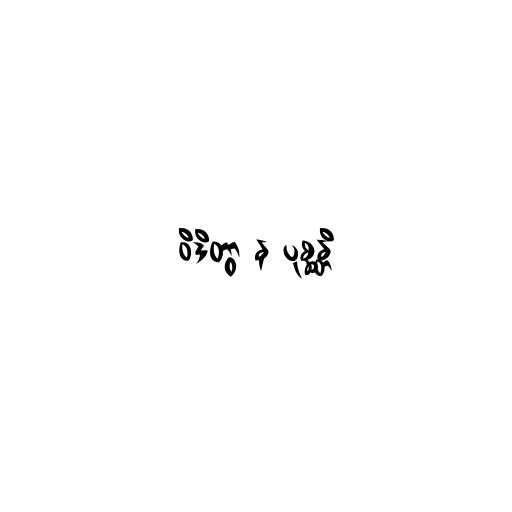
ဝိဒိတွာ န ပုစ္ဆန္တိ